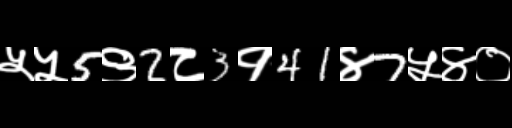
Text: ५५5९2८3१41४7५४०